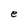
Character: e